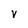
Character: V